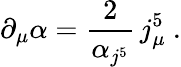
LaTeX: \partial_{\mu}\alpha=\frac{2}{\alpha_{j^{5}}}\, j_{\mu}^{5}\ .